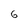
Character: 6